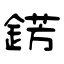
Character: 錺